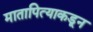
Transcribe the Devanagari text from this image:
मातापित्याकडून